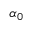
\alpha _ { 0 }